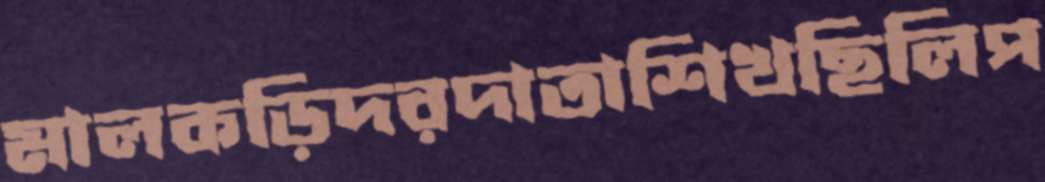
মালকড়িদরদাতাশিখছিলিপ